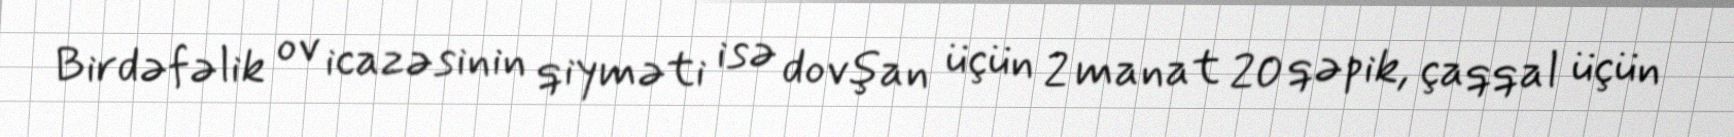
Birdəfəlik ov icazəsinin qiyməti isə dovşan üçün 2 manat 20 qəpik, çaqqal üçün